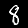
Digit: 8